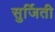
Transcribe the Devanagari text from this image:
सुर्जिती